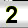
Digit: 2